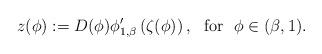
LaTeX: \begin{align*}z(\phi):=D(\phi)\phi_{1,\beta}'\left(\zeta(\phi)\right), \ \mbox{ for } \ \phi \in (\beta,1).\end{align*}